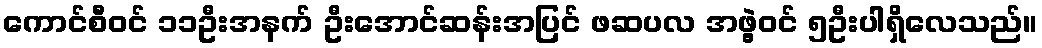
ကောင်စီဝင် ၁၁ဦးအနက် ဦးအောင်ဆန်းအပြင် ဖဆပလ အဖွဲ့ဝင် ၅ဦးပါရှိလေသည်။